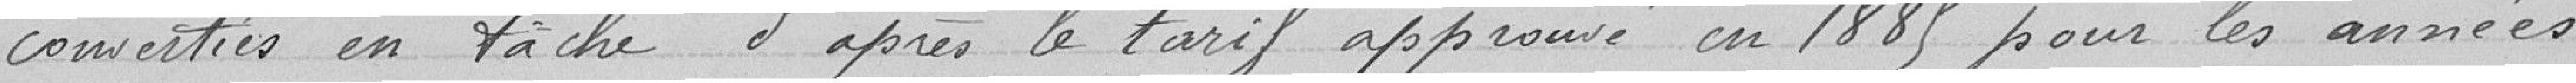
converties en tâche d'après le tarif approuvé en 1885 pour les années